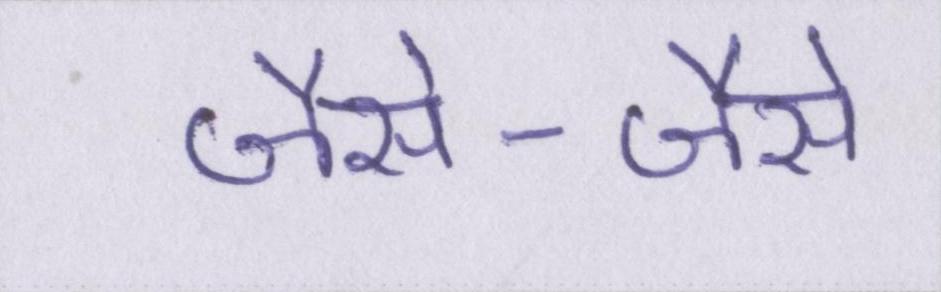
जैसे-जैसे